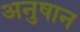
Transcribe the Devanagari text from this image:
अनुषान